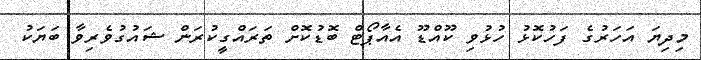
މިދިޔަ އަހަރުގެ ފަހުކޮޅު ހުޅުވި ކޫއްޑޫ އެއާޕޯޓް ބޮޑުކޮށް ތަރައްގީކުރަން ޝައުގުވެރިވާ ބަޔަކު